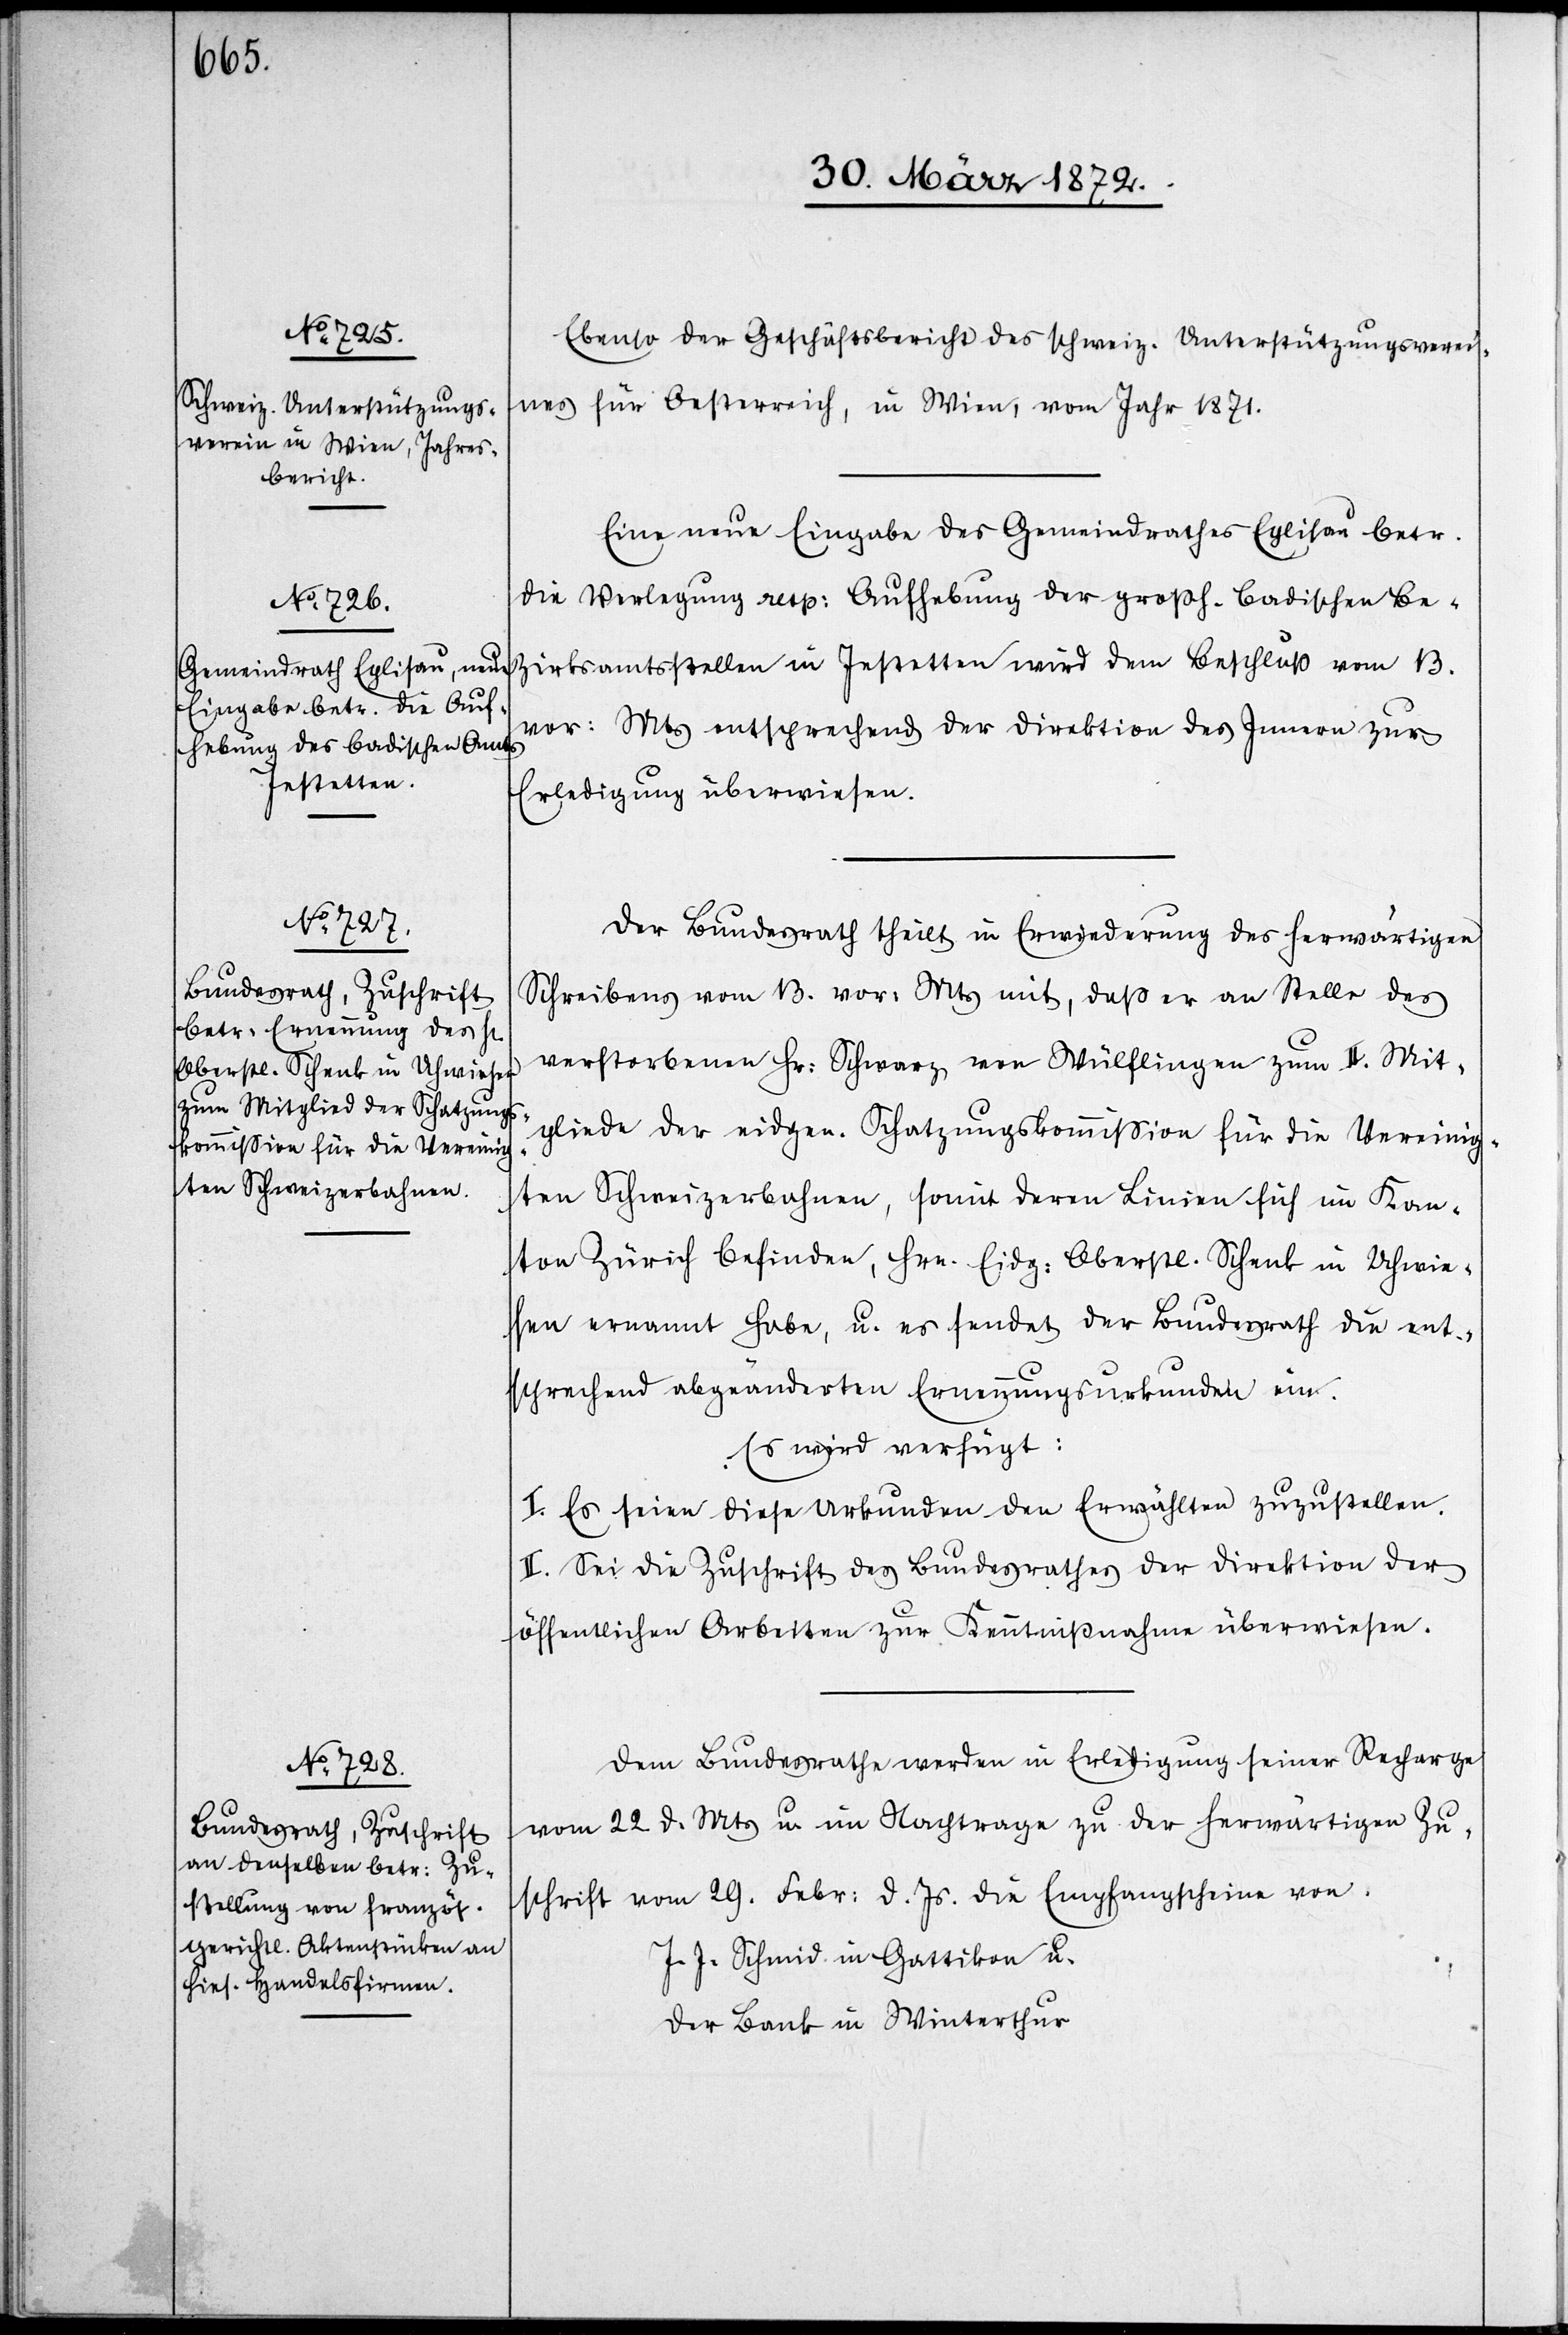
Ebenso der Geschäftsbericht des schweiz. Unterstützungsverei¬
nes für Oesterreich, in Wien, vom Jahr 1871.
Eine neue Eingabe des Gemeindrathes Eglisau betr.
die Verlegung resp: Aufhebung der großh. badischen Bez¬
irksamtsstellen in Jestetten wird dem Beschluß vom 13.
vor: Mts entsprechend der Direktion des Innern zur
Erledigung überwiesen.
Der Bundesrath theilt in Erwiederung des herwärtigen
Schreibens vom 13. vor: Mts mit, daß er an Stelle des
verstorbenen Hr: Schwarz von Wülflingen zum II. Mit¬
gliede der eidgen. Schatzungskommission für die Vereinig¬
ten Schweizerbahnen, somit deren Linien sich im Kan¬
ton Zürich befinden, Hrn. Eidg: Oberstl. Schenk in Uhwie¬
sen ernannt habe, u. es sendet der Bundesrath die ent¬
sprechend abgeänderten Ernennungsurkunden ein.
Es wird verfügt:
I. Es seien diese Urkunden den Erwählten zuzustellen.
II. Sei die Zuschrift des Bundesrathes der Direktion der
öffentlichen Arbeiten zur Kenntnißnahme überwiesen.
Dem Bundesrathe werden in Erledigung seiner Recharge
vom 22. d. Mts u. im Nachtrage zu der herwärtigen Zu¬
schrift vom 29. Febr: d. Js. die Empfangscheine von
J. J. Schmid in Gattikon u.
der Bank in Winterthur